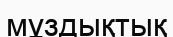
мұздықтық